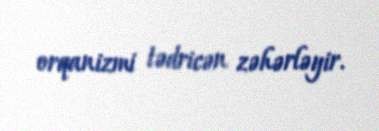
orqanizmi tədricən zəhərləyir.